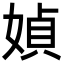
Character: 媜